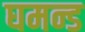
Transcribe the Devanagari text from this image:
घमन्ड